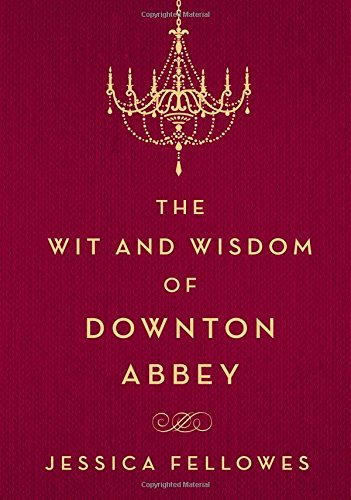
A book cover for The Wit and Wisdom of Downton Abbey; Jessica Fellowes; Humor & Entertainment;